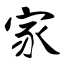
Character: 家